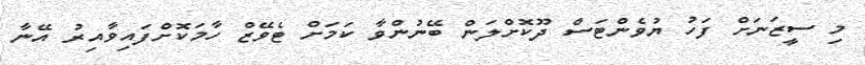
މި ސީޒަނަށް ފަހު ޔުވެންޓަސް ދޫކޮށްލަން ބޭނުންވާ ކަމަށް ޓެވޭޒް ހާމަކޮށްފައިވާއިރު އޭނާ